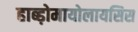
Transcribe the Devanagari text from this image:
हाब्ड़ोमायोलायसिस